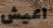
اعيش